Vaccination in Bombay 1902-1912 - 1902-1912
Year: 1902
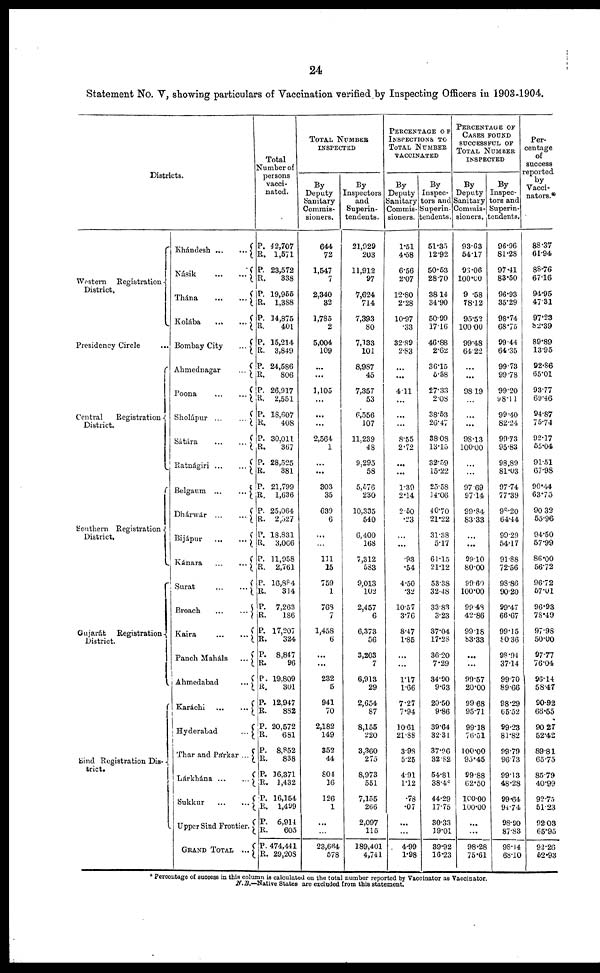
24
Statement No. V, showing particulars of Vaccination verified by Inspecting Officers in 1903-1904.
Districts.
Western Registration
District.
Presidency Circle ...
Central Registration
District.
Southern Registration
District.
Gujarát
Registration
District.
Sind Registration Dis-
trict.
Khándesh
...
...
Násik
...
...
Thána
...
...
Kolába
...
...
Bombay City
...
Ahmednagar
...
Poona
...
...
Sholápur
...
...
Sátára
...
...
Ratnágiri
...
...
Belgaum
...
...
Dhárwár
...
...
Bijápur
...
...
Kánara
...
...
Surat
...
...
Broach
...
...
Kaira
...
...
Panch Maháls
...
Ahmedabad
...
Karáchi
...
...
Hyderabad
...
Thar and Párkar ...
Lárkhàna
...
...
Sukkur
...
...
Upper Sind Frontier.
GRAND TOTAL
...
Total
Number of
persons
vacci-
nated.
P.
R.
P.
R.
P.
R.
P.
R.
P.
R.
P.
R.
P.
R.
P.
R.
P.
R.
P.
R.
P.
R.
P.
R.
P.
R.
P.
R.
P.
R.
P.
R.
P.
R.
P.
R.
P.
R.
P.
R.
P.
R.
P.
R.
P.
R.
P.
R.
P.
R.
P.
R.
42,707
1,571
23,572
338
19,955
1,388
14,875
401
15,214
3,849
24,586
806
26,917
2,551
18,607
408
30,011
367
28,525
381
21,799
1,636
25,064
2,527
18,831
3,066
11,958
2,761
16,884
314
7,263
186
17,207
324
8,847
96
19,809
301
12,947
882
20,572
681
8,852
838
16,371
1,432
16,154
1,499
6,914
605
474,441
29,208
TOTAL NUMBER
INSPECTED
By
Deputy
Sanitary
Commis-
sioners.
644
72
1,547
7
2,340
32
1,785
2
5,004
109
...
...
1,105
...
...
...
2,564
1
...
...
303
35
639
6
...
...
111
15
759
1
768
7
1,458
6
...
...
232
5
941
70
2,182
149
352
44
804
16
126
1
...
...
23,664
578
By
Inspectors
and
Superin-
tendents.
21,929
203
11,912
97
7,624
714
7,393
80
7,133
101
8,987
45
7,357
53
6,556
107
11,239
48
9,295
58
5,576
230
10,335
540
6,400
168
7,312
583
9,013
102
2,457
6
6,373
56
3,203
7
6,913
29
2,654
87
8,155
220
3,360
275
8,973
551
7,155
266
2,097
115
189,401
4,741
PERCENTAGE OF
INSPECTIONS TO
TOTAL NUMBER
VACCINATED
By
Deputy
Sanitary
Commis-
sioners.
1.51
4.58
6.56
2.07
12.80
2.28
10.97
.33
32.89
2.83
...
...
4.11
...
...
...
8.55
2.72
...
...
1.39
2.14
2.50
.23
...
...
.93
.54
4.50
.32
10.57
3.76
8.47
1.85
...
...
1.17
1.66
7.27
7.94
10.61
21.88
3.98
5.25
4.91
1.12
.78
.07
...
...
4.99
1.98
By
Inspec-
tors and
Superin-
tendents.
51.35
12.92
50.53
28.70
38.14
34.90
50.99
17.16
46.88
2.62
36.15
5.58
27.33
2.08
38.53
26.47
38.08
13.15
32.59
15.22
25.58
14.06
40.70
21.22
31.38
5.17
61.15
21.12
53.38
32.48
33.83
3.23
37.04
17.28
36.20
7.29
34.90
9.63
20.50
9.86
39.64
32.31
37.96
32.82
54.81
38.48
44.29
17.75
30.33
19.01
39.92
16.23
PERCENTAGE OF
CASES FOUND
SUCCESSFUL OF
TOTAL NUMBER
INSPECTED
By
Deputy
Sanitary
Commis-
sioners.
93.63
54.17
96.06
100.00
9.58
78.12
95.52
100.00
99.48
64.22
...
...
98.19
...
...
...
98.13
100.00
...
...
97.69
97.14
99.84
83.33
...
...
99.10
80.00
99.60
100.00
99.48
42.86
99.18
83.33
...
...
99.57
20.00
99.68
95.71
99.18
76.51
100.00
95.45
99.88
62.50
100.00
100.00
...
...
98.28
75.61
By
Inspec-
tors and
Superin-
tendents.
96.96
81.28
97.41
83.50
96.93
35.29
98.74
68.75
99.44
64.35
99.73
99.78
99.20
98.11
99.40
82.24
99.73
95.83
98.89
81.03
97.74
77.39
98.20
64.44
99.29
54.17
91.88
72.56
98.86
90.20
99.47
66.67
99.15
80.36
98.94
37.14
99.70
89.66
98.29
65.52
99.23
81.82
99.79
96.73
99.13
48.28
99.64
94.74
98.90
87.83
98.14
68.10
Per-
centage
of
success
reported.
by
Vacci-
nators.*
88.37
61.94
88.76
67.16
94.95
47.31
97.23
82.39
89.89
13.95
92.86
65.01
93.77
69.46
94.87
75.74
92.17
55.04
91.51
67.98
90.44
63.75
90.32
55.96
94.50
57.99
86.00
56.72
96.72
57.01
96.93
78.49
97.98
50.00
97.77
76.04
96.14
58.47
90.92
66.55
90.27
52.42
89.81
65.75
85.79
40.99
92.75
51.23
92.03
65.95
92.26
52.93
* Percentage of success in this column is calculated on the total number reported by Vaccinator as Vaccinator.
N.B.—Native States are excluded from this statement.